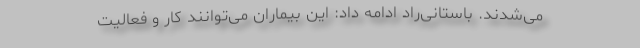
می‌شدند. باستانی‌راد ادامه داد: این بیماران می‌توانند کار و فعالیت